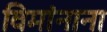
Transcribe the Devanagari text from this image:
विमांनाना